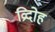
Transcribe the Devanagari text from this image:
व्रिदोह